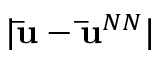
| \mathbf { \bar { u } } - \mathbf { \bar { u } } ^ { N N } |